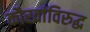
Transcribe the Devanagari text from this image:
कौरवांविरुद्ध